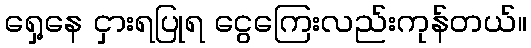
ရှေ့နေ ငှားရပြုရ ငွေကြေးလည်းကုန်တယ်။